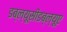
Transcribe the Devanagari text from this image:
डब्ल्यूसीडब्ल्यूए